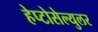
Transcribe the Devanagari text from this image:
हेप्टोसेल्युलर